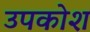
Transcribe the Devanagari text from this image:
उपकोश